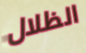
الظلال